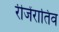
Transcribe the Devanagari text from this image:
रीजेंरातिव